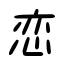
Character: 恋